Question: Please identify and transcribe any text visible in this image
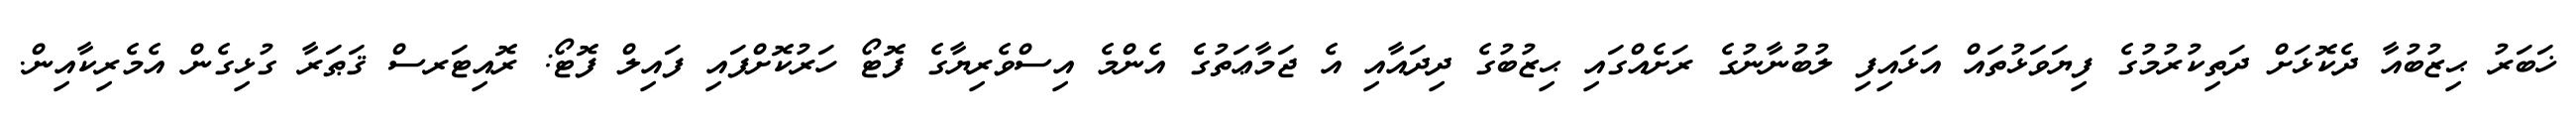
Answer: ޚަބަރު ޙިޒުބުއާ ދެކޮޅަށް ދަތިކުރުމުގެ ފިޔަވަޅުތައް އަޅައިފި ލުބުނާނުގެ ރަށެއްގައި ޙިޒުބުގެ ދިދައާއި އެ ޖަމާޢަތުގެ އެންމެ އިސްވެރިޔާގެ ފޮޓޯ ހަރުކޮށްފައި ފައިލް ފޮޓޯ: ރޮއިޓަރސް ޤަޠަރާ ގުޅިގެން އެމެރިކާއިން.